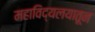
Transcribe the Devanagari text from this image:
महाविद्यलयातून